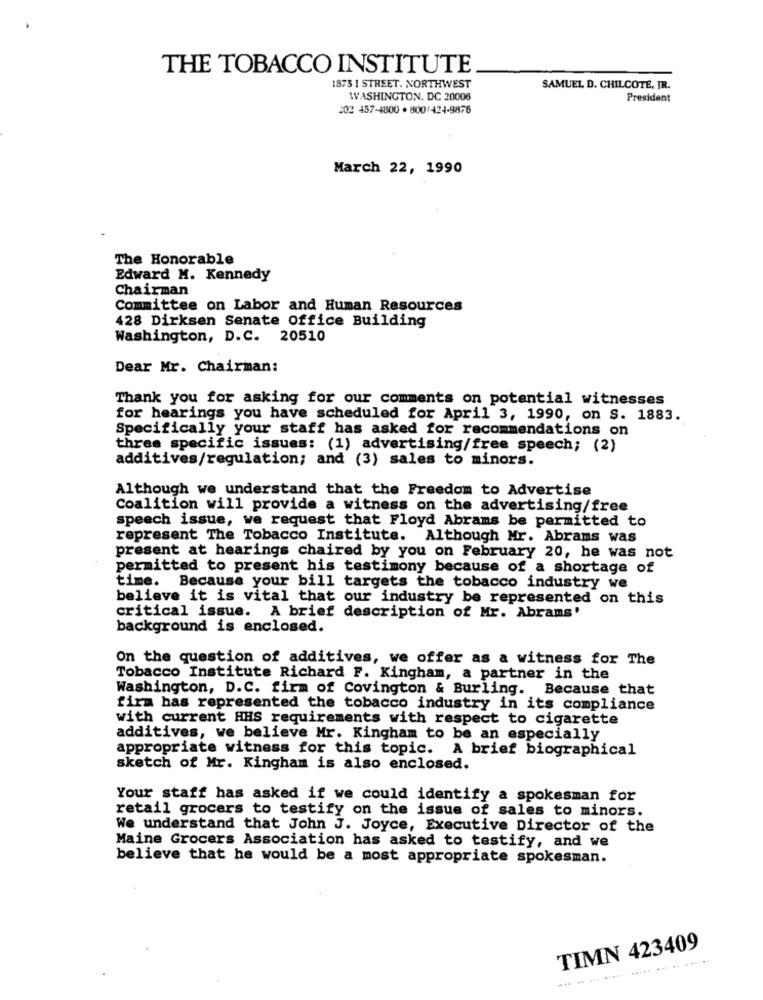
THE TOBACCO INSTITUTE
1875 I STREET. NORTHWEST
SAMUEL D. CHILCOTE, JR.
WASHINGTON, DC 20006
President
202 457-1800 · 800/424-9876
March 22, 1990
The Honorable
Edward M. Kennedy
Chairman
Committee on Labor and Human Resources
428 Dirksen Senate Office Building
Washington, D.C. 20510
Dear Mr. Chairman:
Thank you for asking for our comments on potential witnesses
for hearings you have scheduled for April 3, 1990, on S. 1883.
Specifically your staff has asked for recommendations on
three specific issues: (1) advertising/free speech; (2)
additives/regulation; and (3) sales to minors.
Although we understand that the Freedom to Advertise
Coalition will provide a witness on the advertising/free
speech issue, we request that Floyd Abrams be permitted to
represent The Tobacco Institute. Although Mr. Abrams was
present at hearings chaired by you on February 20, he was not
permitted to present his testimony because of a shortage of
time. Because your bill targets the tobacco industry we
believe it is vital that our industry be represented on this
critical issue. A brief description of Mr. Abrams'
background is enclosed.
On the question of additives, we offer as a witness for The
Tobacco Institute Richard F. Kingham, a partner in the
Washington, D.C. firm of Covington & Burling. Because that
firm has represented the tobacco industry in its compliance
with current HHS requirements with respect to cigarette
additives, we believe Mr. Kingham to be an especially
appropriate witness for this topic. A brief biographical
sketch of Mr. Kingham is also enclosed.
Your staff has asked if we could identify a spokesman for
retail grocers to testify on the issue of sales to minors.
We understand that John J. Joyce, Executive Director of the
Maine Grocers Association has asked to testify, and we
believe that he would be a most appropriate spokesman.
TIMN 423409
....
.... .. ........